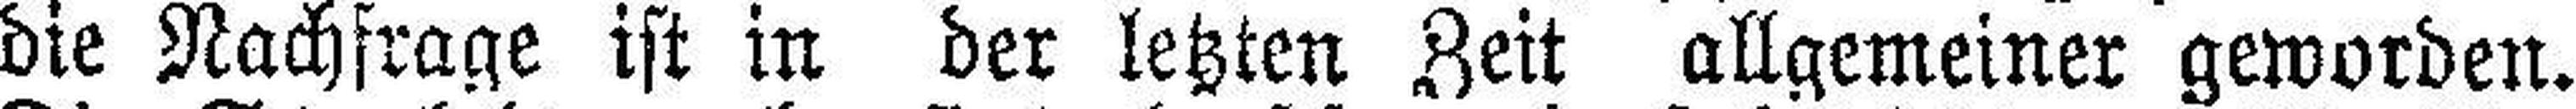
die Nachfrage ist in der letzten Zeit allgemeiner geworden.